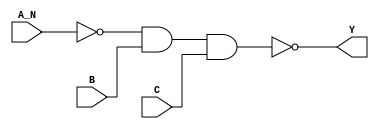
`timescale 1ps/1ps
module cell_nand3b
(
    input wire A_N,
    input wire B,
    input wire C,
    output wire Y
);
    assign Y = !(!A_N & B & C);
endmodule